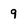
Character: 9